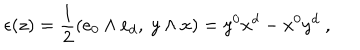
LaTeX: \epsilon ( z ) = { \frac { 1 } { 2 } } ( e _ { 0 } \wedge e _ { d } , \ y \wedge x ) = y ^ { 0 } x ^ { d } - x ^ { 0 } y ^ { d } \ ,